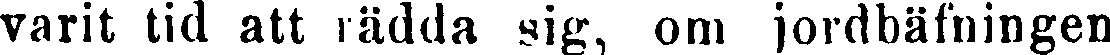
varit tid att rädda sig, om jordbäfningen